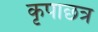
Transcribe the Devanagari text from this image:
कृपाछत्र